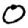
Digit: 0